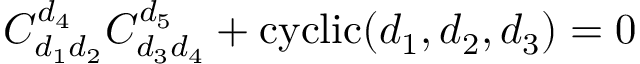
C _ { d _ { 1 } d _ { 2 } } ^ { d _ { 4 } } C _ { d _ { 3 } d _ { 4 } } ^ { d _ { 5 } } + \mathrm { c y c l i c } ( d _ { 1 } , d _ { 2 } , d _ { 3 } ) = 0